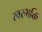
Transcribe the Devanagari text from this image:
स्वरभक्ति